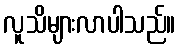
လူသိများလာပါသည်။